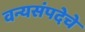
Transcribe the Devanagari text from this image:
वन्यसंपदेचे